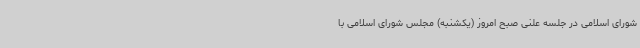
شورای اسلامی در جلسه علنی صبح امروز (یکشنبه) مجلس شورای اسلامی با